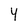
Character: y